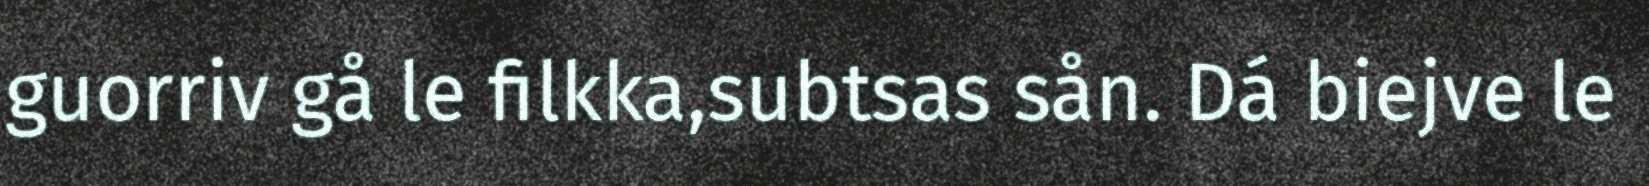
guorriv gå le filkka,subtsas sån. Dá biejve le